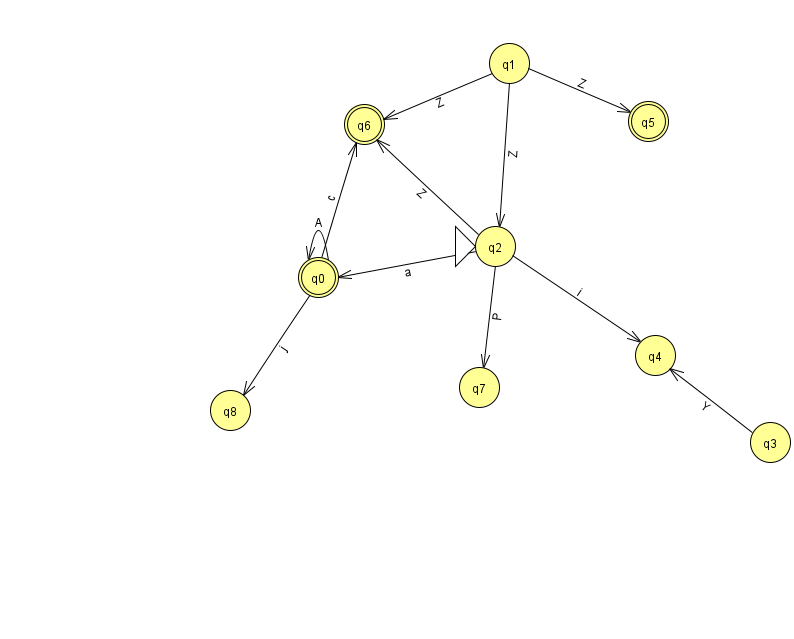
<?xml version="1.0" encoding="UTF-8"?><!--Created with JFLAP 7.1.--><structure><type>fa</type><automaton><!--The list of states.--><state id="0" name="q0"><x>318.0</x><y>264.0</y><final/></state><state id="1" name="q1"><x>509.0</x><y>50.0</y></state><state id="2" name="q2"><x>495.0</x><y>233.0</y><initial/></state><state id="3" name="q3"><x>770.0</x><y>429.0</y></state><state id="4" name="q4"><x>655.0</x><y>342.0</y></state><state id="5" name="q5"><x>648.0</x><y>108.0</y><final/></state><state id="6" name="q6"><x>364.0</x><y>111.0</y><final/></state><state id="7" name="q7"><x>479.0</x><y>374.0</y></state><state id="8" name="q8"><x>230.0</x><y>397.0</y></state><!--The list of transitions.--><transition><from>0</from><to>6</to><read>c</read></transition><transition><from>0</from><to>0</to><read>A</read></transition><transition><from>2</from><to>6</to><read>Z</read></transition><transition><from>1</from><to>2</to><read>Z</read></transition><transition><from>1</from><to>6</to><read>Z</read></transition><transition><from>2</from><to>4</to><read>i</read></transition><transition><from>3</from><to>4</to><read>Y</read></transition><transition><from>2</from><to>7</to><read>P</read></transition><transition><from>0</from><to>8</to><read>j</read></transition><transition><from>1</from><to>5</to><read>Z</read></transition><transition><from>2</from><to>0</to><read>a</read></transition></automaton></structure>